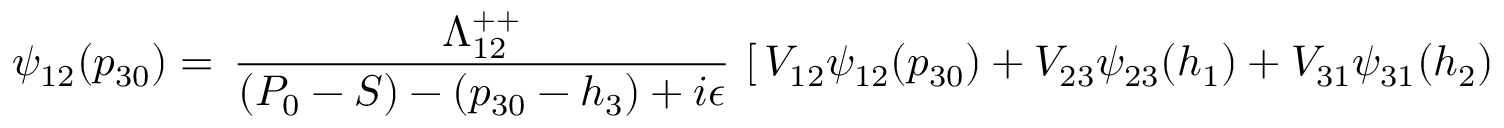
\psi _ { 1 2 } ( p _ { 3 0 } ) = \, { \frac { \Lambda _ { 1 2 } ^ { + + } } { ( P _ { 0 } - S ) - ( p _ { 3 0 } - h _ { 3 } ) + i \epsilon } } \, \left[ \, V _ { 1 2 } \psi _ { 1 2 } ( p _ { 3 0 } ) + V _ { 2 3 } \psi _ { 2 3 } ( h _ { 1 } ) + V _ { 3 1 } \psi _ { 3 1 } ( h _ { 2 } ) \, \right]